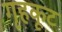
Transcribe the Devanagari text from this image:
गृहकूट